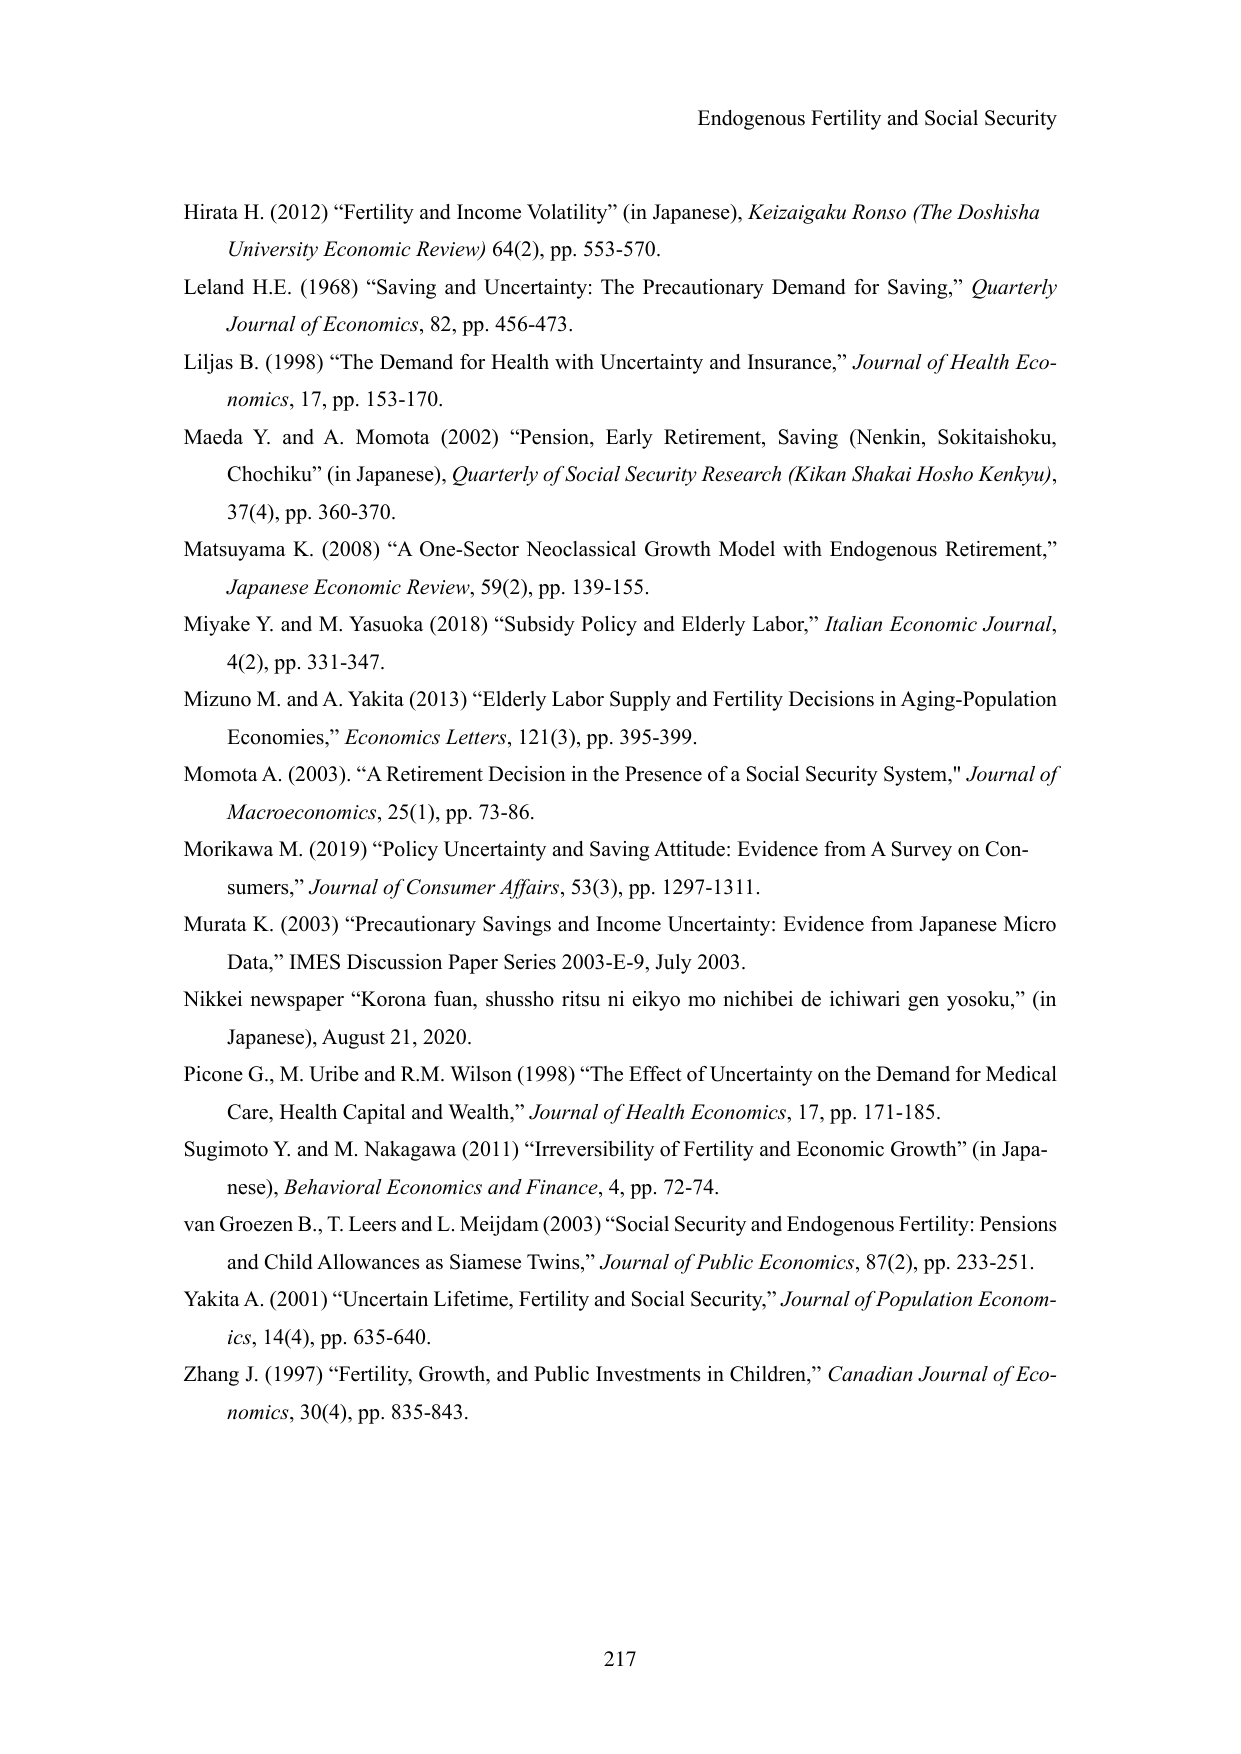
Endogenous Fertility and Social Security

Hirata H. (2012) “Fertility and Income Volatility” (in Japanese), Keizaigaku Ronso (The Doshisha University Economic Review) 64(2), pp. 553-570.

Leland H.E. (1968) “Saving and Uncertainty: The Precautionary Demand for Saving,” Quarterly Journal of Economics, 82, pp. 456-473.

Liljas B. (1998) “The Demand for Health with Uncertainty and Insurance,” Journal of Health Economics, 17, pp. 153-170.

Maeda Y. and A. Momota (2002) “Pension, Early Retirement, Saving (Nenkin, Sokitaishoku, Chochiku” (in Japanese), Quarterly of Social Security Research (Kikan Shakai Hosho Kenkyu), 37(4), pp. 360-370.

Matsuyama K. (2008) “A One-Sector Neoclassical Growth Model with Endogenous Retirement,” Japanese Economic Review, 59(2), pp. 139-155.

Miyake Y. and M. Yasuoka (2018) “Subsidy Policy and Elderly Labor,” Italian Economic Journal, 4(2), pp. 331-347.

Mizuno M. and A. Yakita (2013) “Elderly Labor Supply and Fertility Decisions in Aging-Population Economies,” Economics Letters, 121(3), pp. 395-399.

Momota A. (2003). “A Retirement Decision in the Presence of a Social Security System,” Journal of Macroeconomics, 25(1), pp. 73-86.

Morikawa M. (2019) “Policy Uncertainty and Saving Attitude: Evidence from A Survey on Consumers,” Journal of Consumer Affairs, 53(3), pp. 1297-1311.

Murata K. (2003) “Precautionary Savings and Income Uncertainty: Evidence from Japanese Micro Data,” IMES Discussion Paper Series 2003-E-9, July 2003.

Nikkei newspaper “Korona fuan, shussyo ritsu ni eikyo mo nichibei de ichiwarei gen yosoku,” (in Japanese), August 21, 2020.

Picone G., M. Uribe and R.M. Wilson (1998) “The Effect of Uncertainty on the Demand for Medical Care, Health Capital and Wealth,” Journal of Health Economics, 17, pp. 171-185.

Sugimoto Y. and M. Nakagawa (2011) “Irreversibility of Fertility and Economic Growth” (in Japanese), Behavioral Economics and Finance, 4, pp. 72-74.

van Groezen B., T. Leers and L. Meijdam (2003) “Social Security and Endogenous Fertility: Pensions and Child Allowances as Siamese Twins,” Journal of Public Economics, 87(2), pp. 233-251.

Yakita A. (2001) “Uncertain Lifetime, Fertility and Social Security,” Journal of Population Economics, 14(4), pp. 635-640.

Zhang J. (1997) “Fertility, Growth, and Public Investments in Children,” Canadian Journal of Economics, 30(4), pp. 835-843.

217